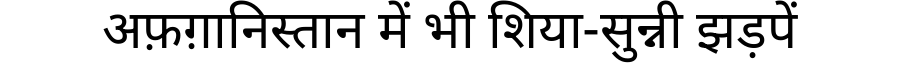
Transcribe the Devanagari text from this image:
अफ़ग़ानिस्तान में भी शिया-सुन्नी झड़पें